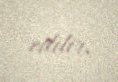
edilir.